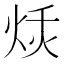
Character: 𱫎